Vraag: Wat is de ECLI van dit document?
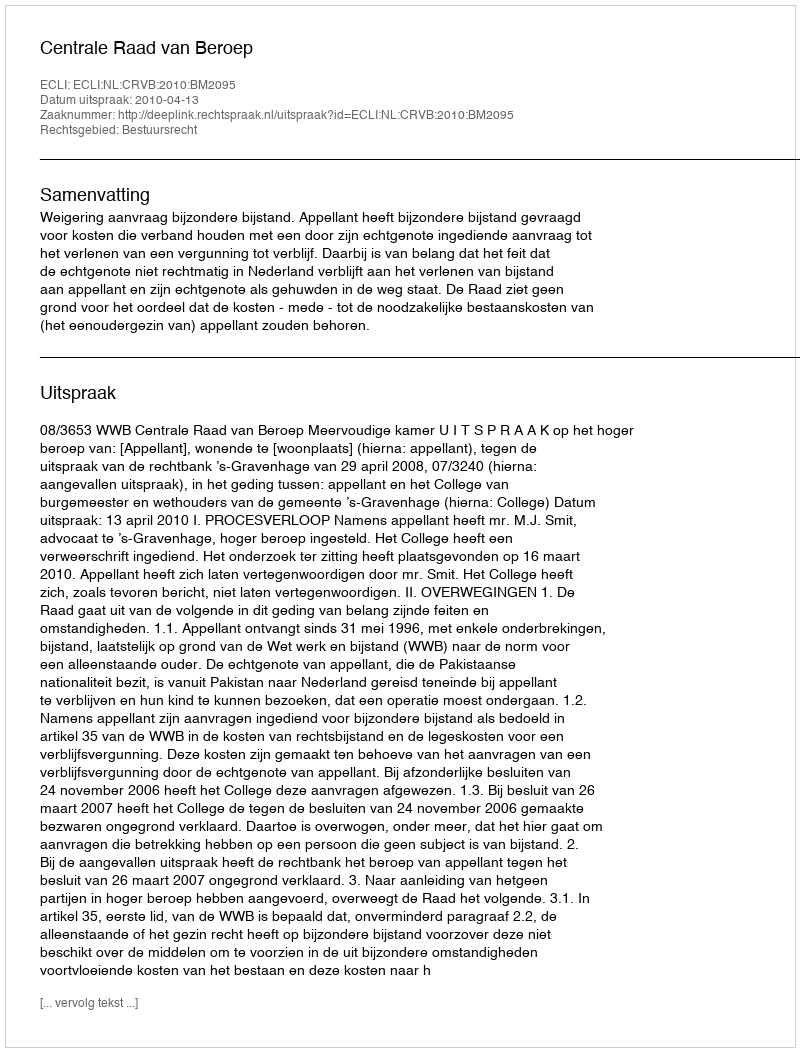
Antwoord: ECLI:NL:CRVB:2010:BM2095